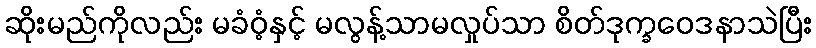
ဆိုးမည်ကိုလည်း မခံဝံ့နှင့် မလွန့်သာမလှုပ်သာ စိတ်ဒုက္ခဝေဒနာသဲပြီး